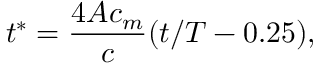
t ^ { * } = \frac { 4 A c _ { m } } { c } ( t / T - 0 . 2 5 ) ,